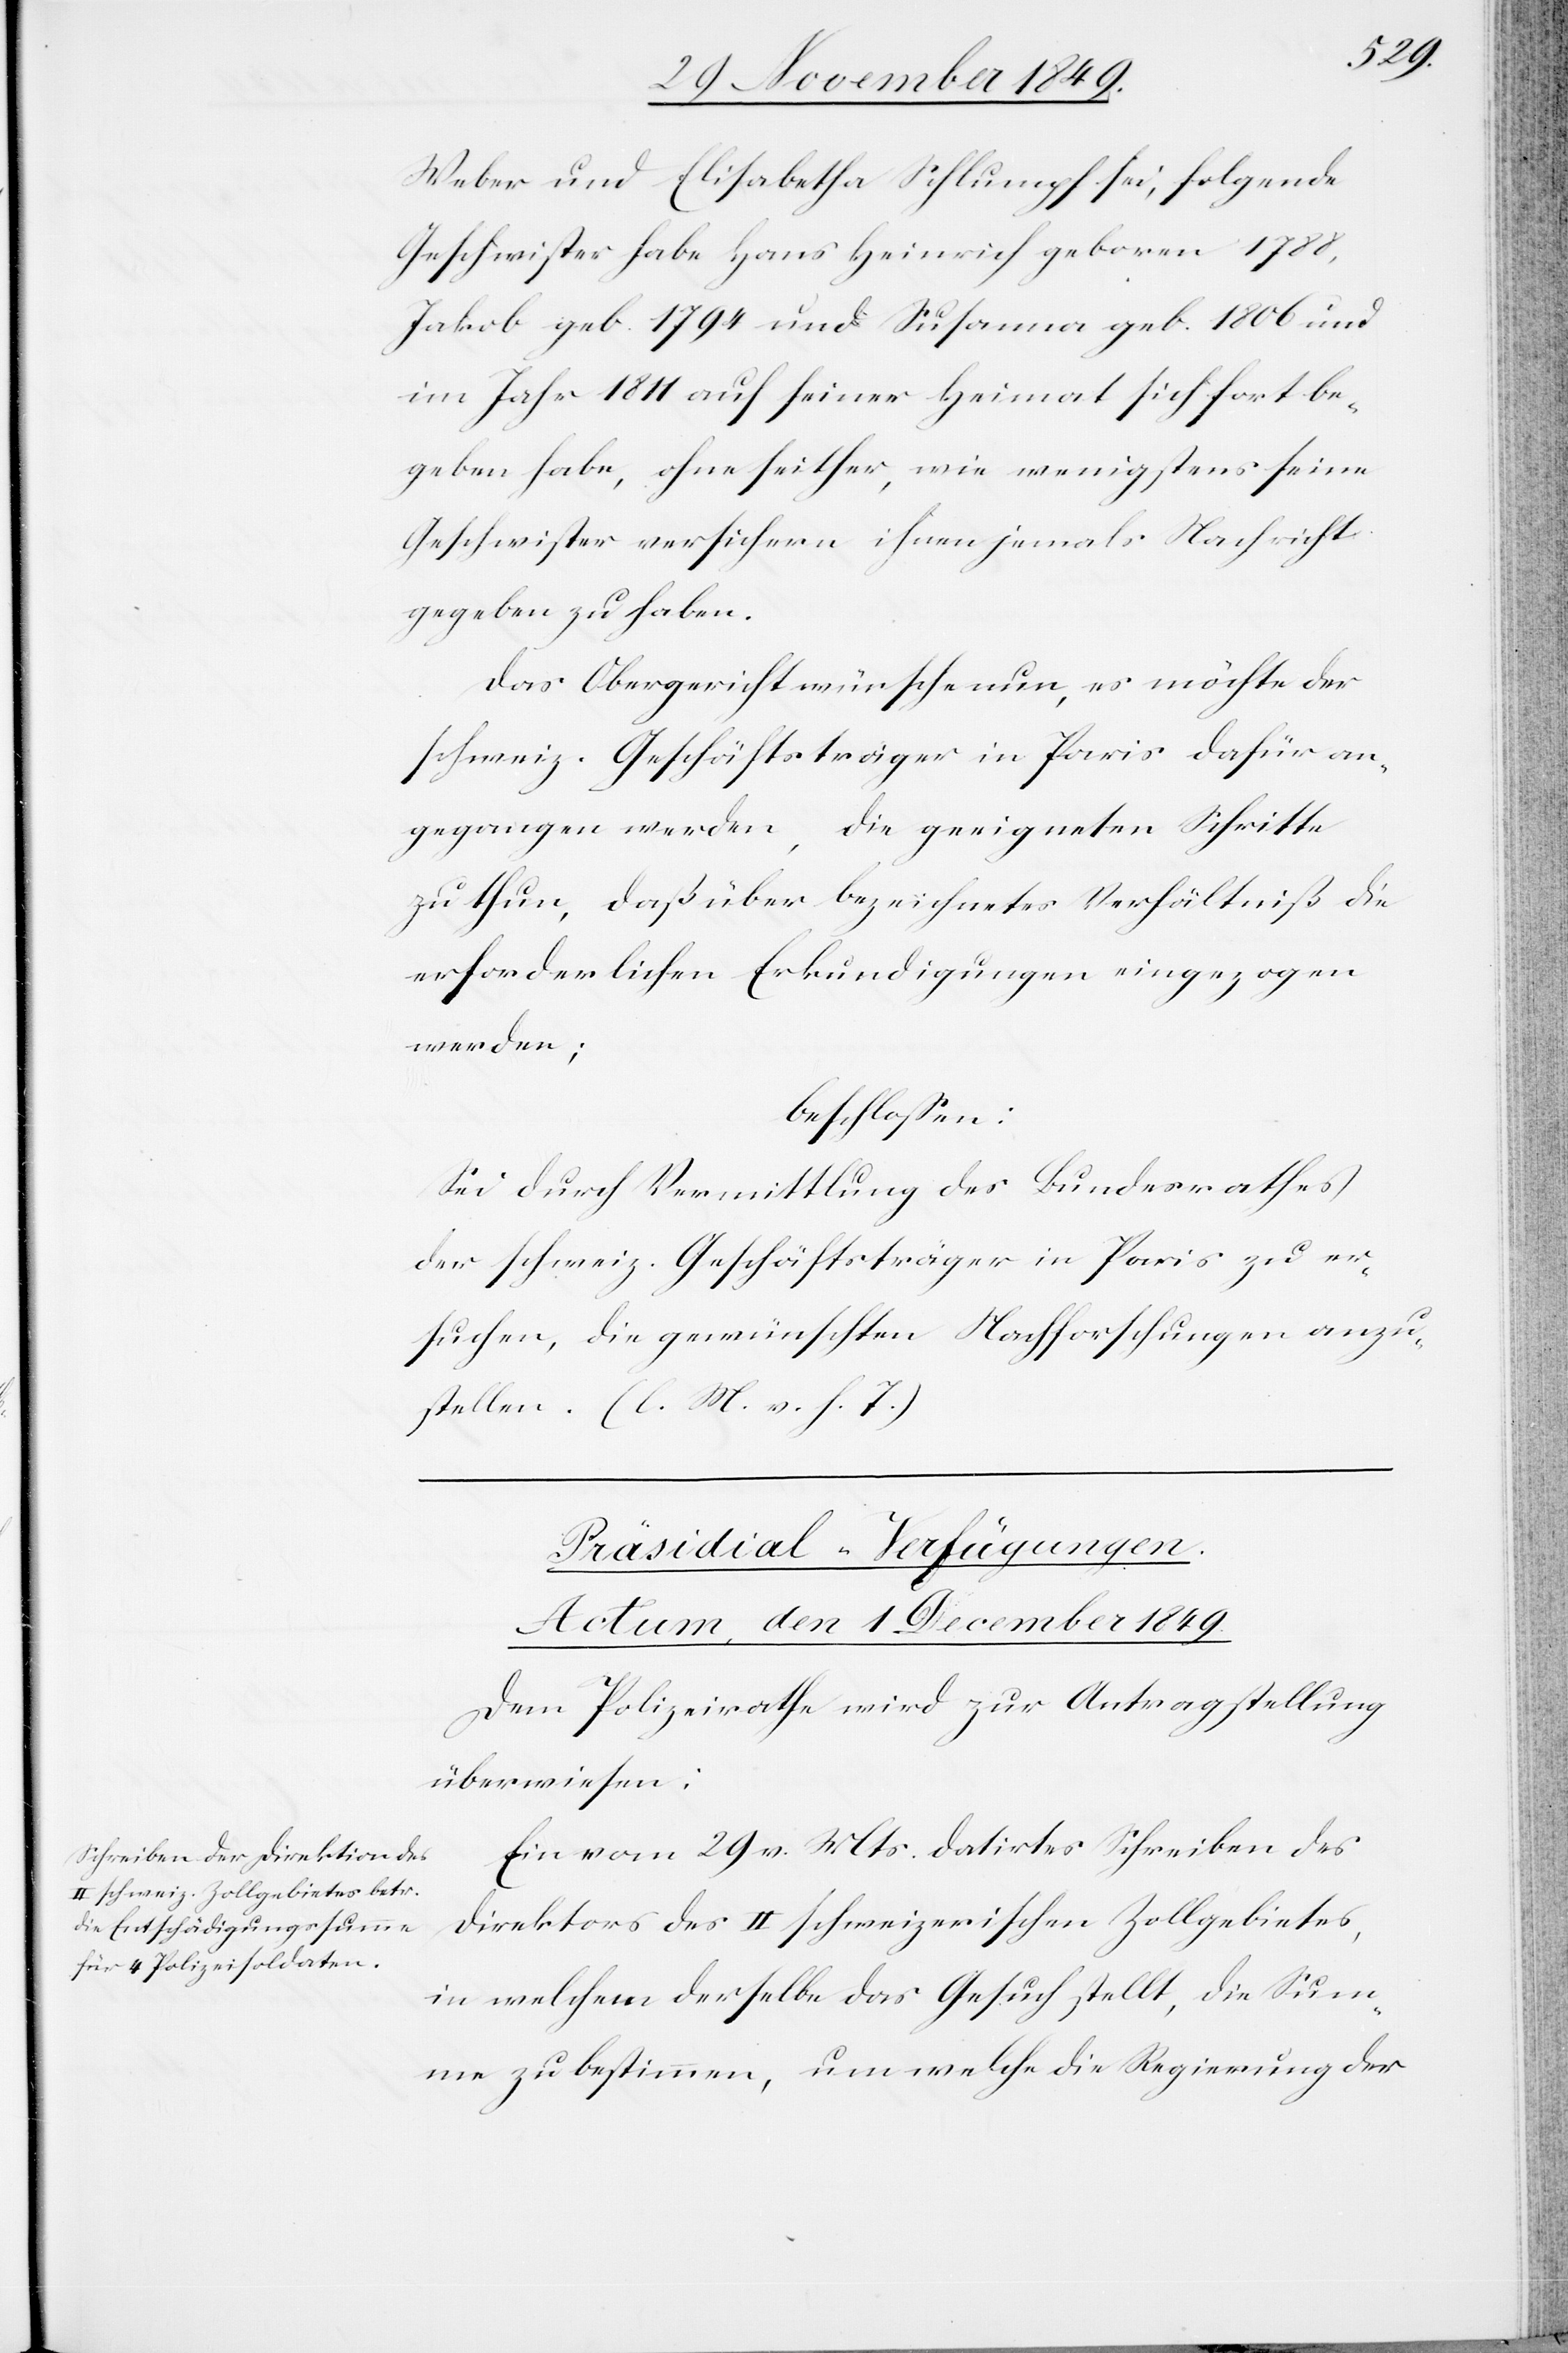
Weber und Elisabetha Schlumpf sei, folgende
Geschwister habe Hans Heinrich geboren 1788,
Jakob geb. 1794 und Susanna geb. 1806 und
im Jahr 1811 auf seiner Heimat sich fort be¬
geben habe, ohne seither, wie wenigstens seine
Geschwister versichern ihnen jemals Nachricht
gegeben zu haben.
Das Obergericht wünsche nun, es möchte der
schweiz. Geschäftsträger in Paris dafür an¬
gegangen werden, die geeigneten Schritte
zu thun, daß über bezeichnetes Verhältniß die
erforderlichen Erkundigungen eingezogen
werden;
beschloßen:
Sei durch Vermittlung des Bundesrathes
der schweiz. Geschäftsträger in Paris zu er¬
suchen, die gewünschten Nachforschungen anzu¬
stellen. [l. M. v. h. T]
Präsidial-Verfügungen.
Actum, den 1 December 1849.
Dem Polizeirathe wird zur Antragstellung
überwiesen:
Ein vom 29 v. Mts. datirtes Schreiben des
Direktors des II schweizerischen Zollgebietes,
in welchem derselbe das Gesuch stellt, die Sum¬
me zu bestimmen, um welche die Regierung der